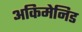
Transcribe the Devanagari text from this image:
अकिमेनिड